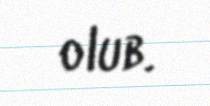
olub.